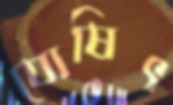
যোষিৎ